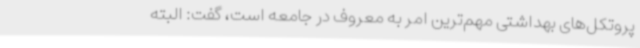
پروتکل‌های بهداشتی مهم‌ترین امر به معروف در جامعه است، گفت: البته